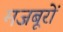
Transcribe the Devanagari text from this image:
मजबूरों